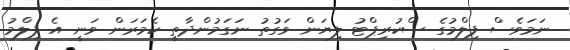
ނަމަވެސް ފިލްމުގެ ސްކުރިޕްޓު ލިޔަން ވަގުތު ނަގަމުންދާތީ ކެމަރަން ވަނީ އެ ފިލްމު